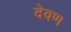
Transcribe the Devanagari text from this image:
देवण